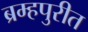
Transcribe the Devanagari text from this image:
ब्रम्हपुरीत